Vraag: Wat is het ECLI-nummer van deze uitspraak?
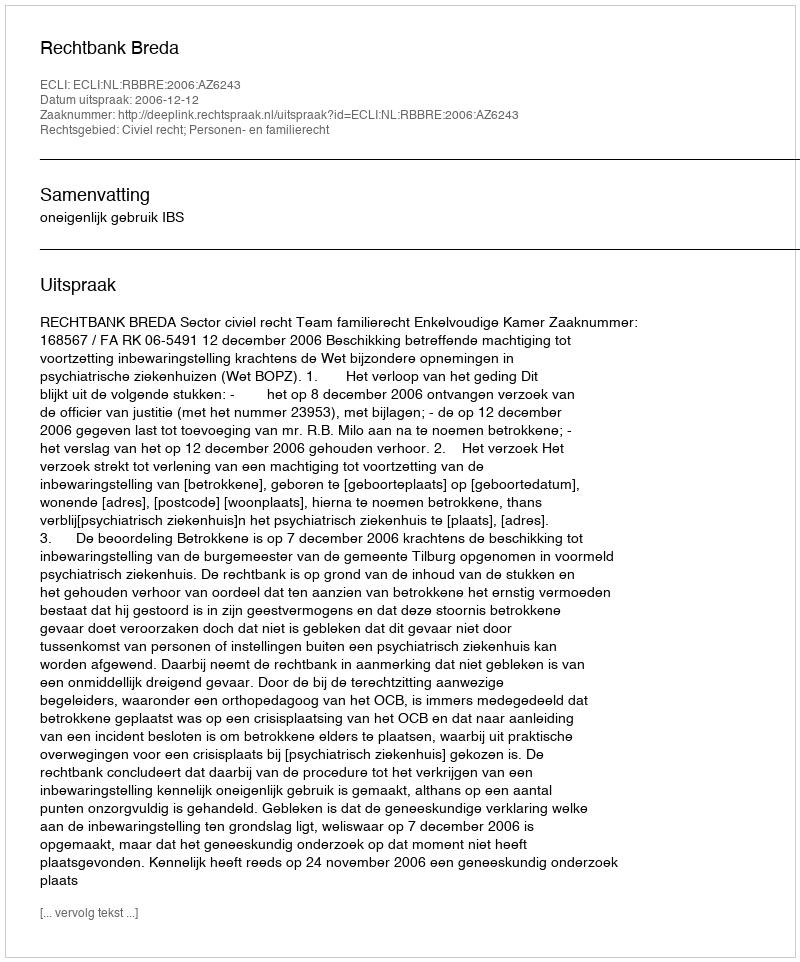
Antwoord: ECLI:NL:RBBRE:2006:AZ6243